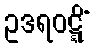
ဥဒရဝဋ္ဋိံ